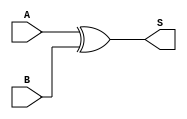
module XOR_Gate (
    input A,
    input B,
    output S
);
    assign S = A ^ B; // Sum output using XOR
endmodule